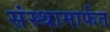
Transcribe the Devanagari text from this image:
संस्थामार्फत